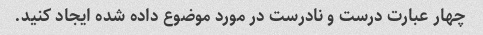
چهار عبارت درست و نادرست در مورد موضوع داده شده ایجاد کنید.